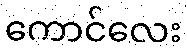
ကောင်လေး